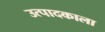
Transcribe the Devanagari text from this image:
उत्पादकाला